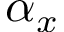
\alpha _ { x }